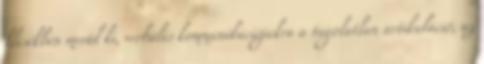
klisékben merül ki, verbális kommunikációjukra a tagolatlan artikuláció, az